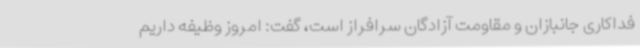
فداکاری جانبازان و مقاومت آزادگان سرافراز است، گفت: امروز وظیفه داریم